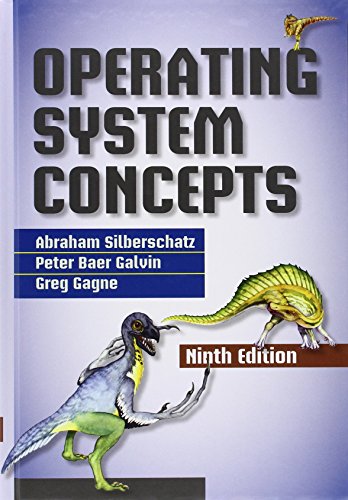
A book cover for Operating System Concepts; Abraham Silberschatz; Computers & Technology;